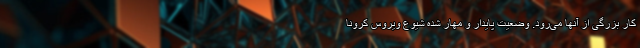
کار بزرگی از آنها می‌رود. وضعیت پایدار و مهار شده شیوع ویروس کرونا